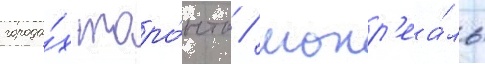
города́х торо́нто / монр'еа́ль